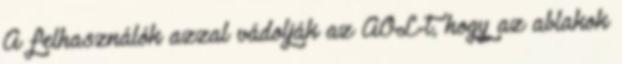
A felhasználók azzal vádolják az AOL-t, hogy az ablakok